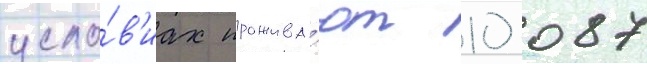
усло́в'иах прожива́ют 10 087